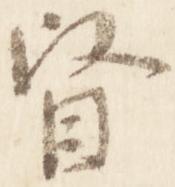
督